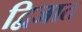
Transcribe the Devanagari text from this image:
द्विजात